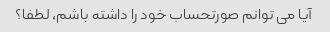
آیا می توانم صورتحساب خود را داشته باشم، لطفا؟